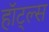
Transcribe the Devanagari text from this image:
हॉट्ल्स